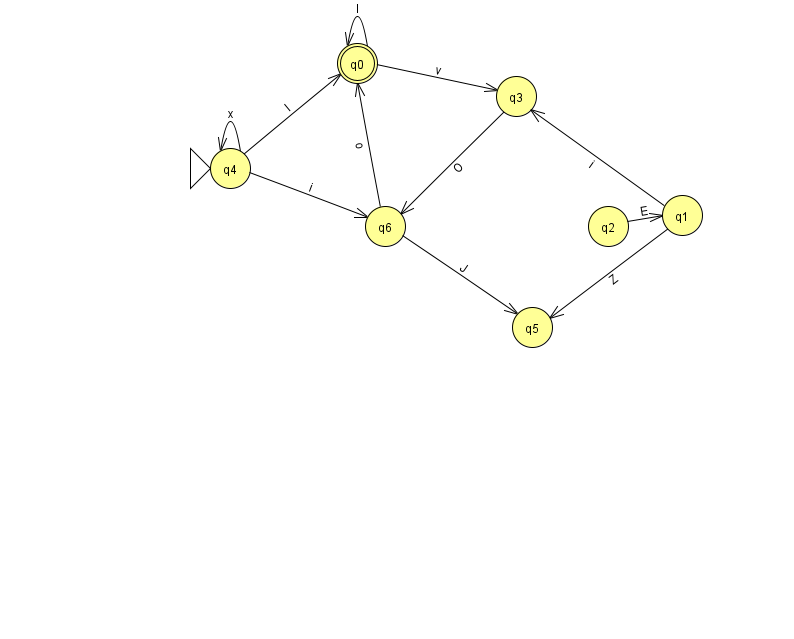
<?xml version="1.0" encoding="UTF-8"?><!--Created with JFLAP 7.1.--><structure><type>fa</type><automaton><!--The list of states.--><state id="0" name="q0"><x>357.0</x><y>50.0</y><final/></state><state id="1" name="q1"><x>682.0</x><y>202.0</y></state><state id="2" name="q2"><x>608.0</x><y>213.0</y></state><state id="3" name="q3"><x>516.0</x><y>83.0</y></state><state id="4" name="q4"><x>230.0</x><y>155.0</y><initial/></state><state id="5" name="q5"><x>532.0</x><y>314.0</y></state><state id="6" name="q6"><x>385.0</x><y>213.0</y></state><!--The list of transitions.--><transition><from>4</from><to>6</to><read>i</read></transition><transition><from>2</from><to>1</to><read>E</read></transition><transition><from>1</from><to>5</to><read>Z</read></transition><transition><from>6</from><to>5</to><read>J</read></transition><transition><from>6</from><to>0</to><read>o</read></transition><transition><from>4</from><to>4</to><read>x</read></transition><transition><from>0</from><to>0</to><read>I</read></transition><transition><from>1</from><to>3</to><read>i</read></transition><transition><from>4</from><to>0</to><read>l</read></transition><transition><from>0</from><to>3</to><read>v</read></transition><transition><from>3</from><to>6</to><read>O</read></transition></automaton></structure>